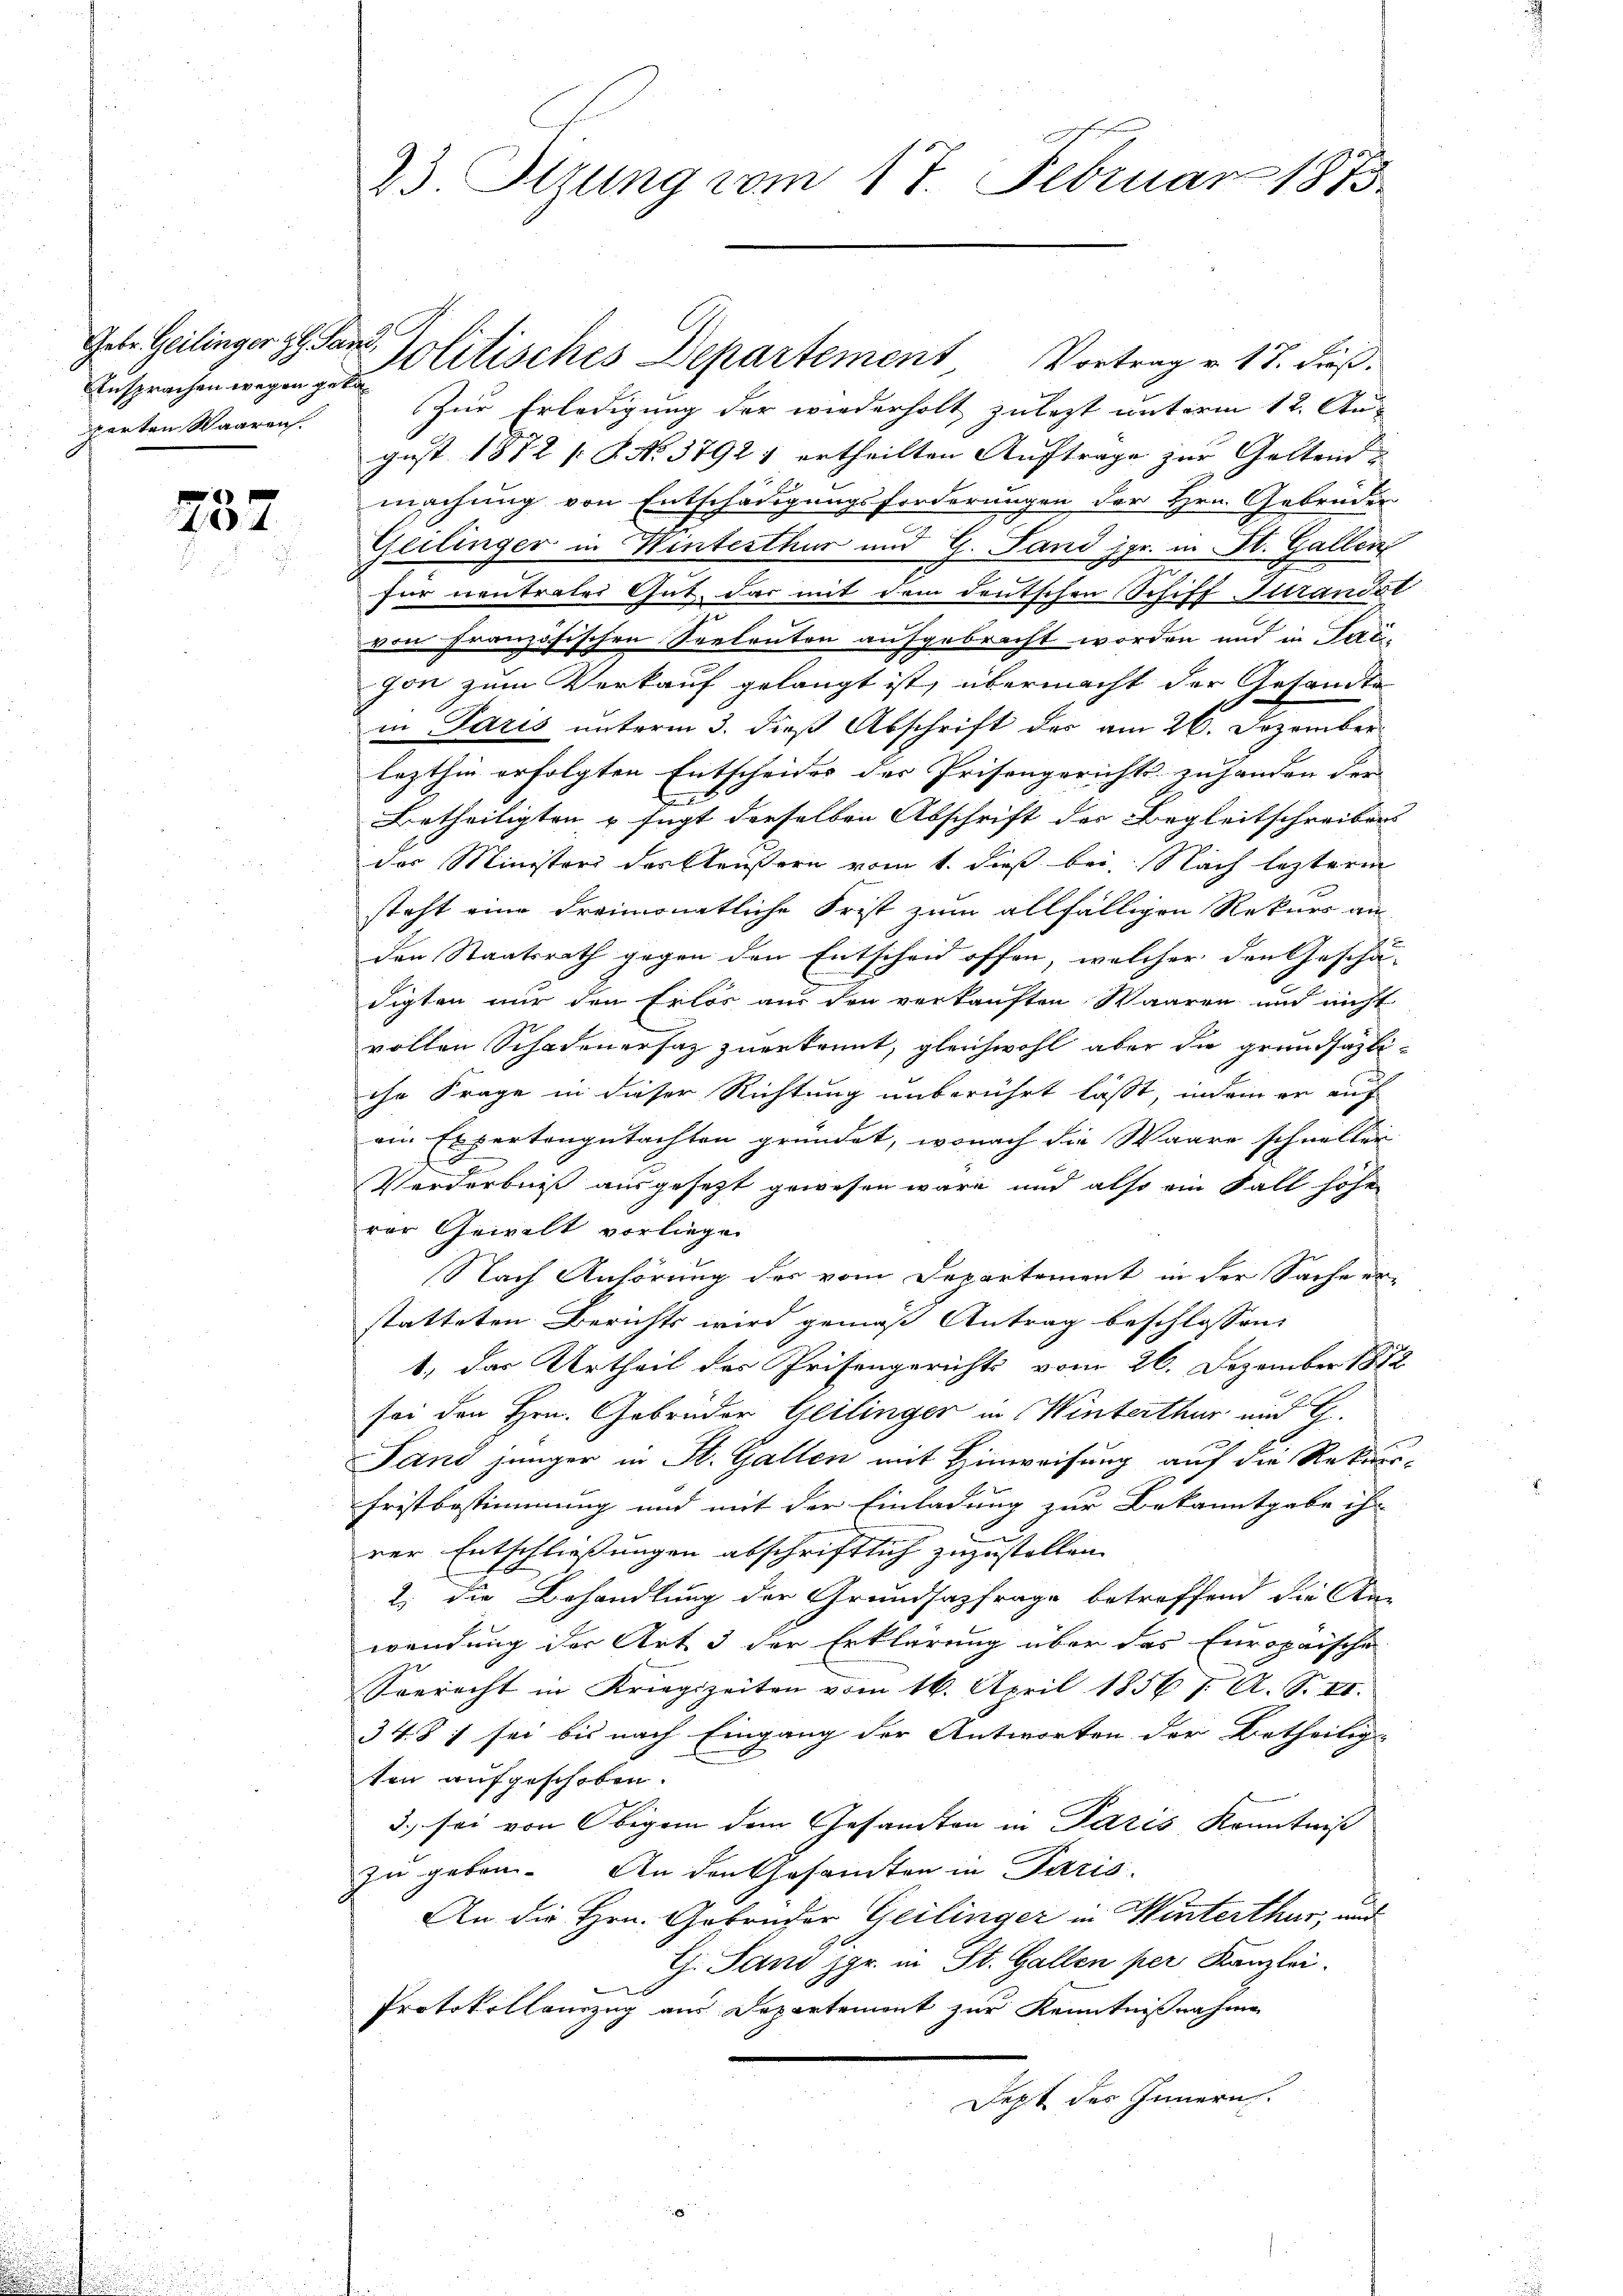
Ansprachen wegen geta
perten Waaren.

237

23 Itzung vom 17. Februar 1873

Zur Erledigung der wiederholt zuletzt unterm 12. August 1872 [: P. No. 37921 ertheilten Auftrage zur Geltend
machung von Entschädigungsforderungen der Hrn. Gebrüder
Geilinger in Winterthur und G. Sand pr. in Fl. Gallen
für neutrates Gut, das mit dem deutschen Schiff Turandat
den Französischen Seelenten aufgebracht worden und in Pargon zum Verkauf gelangt ist, übermacht der Gesandte
in Paris unterm 3. dieß Abschrift der am 26. Dezember
lezthin erfolgten Entscheides der Prisongericht zu handen der |
C
Betheiligten u fügt derselben Abschrift der Begleitschreibens
der Minister derstenstern vom 1. dieß bei Nach lezterem
steht eine dreimonatliche Frist zum allfälligen Rekurs an
den Staatsrath gegen den Entscheid offen, welcher den Geschä-
digten nur den Erlös aus den verkauften Waaren und nicht
vollen Schadenersaz zuerkannt, gleichwohl aber die grundsäzliche Frage in dieser Richtung unberührt lässt, indem er auch
ein Expertengutachten gründet, wonach die Waare schneller
Verderbniß ausgesetzt gewesen wäre und also ein Fall hohe
rer Gewalt vorliegen
Nach Anhörung des vom Departement in der Sache erstatteten Berichts wird gemäß Antrag beschlossen:
1.) Das Urtheil des Prisengerichts vom 26. Dezember 1872
sei den Hrn. Gebrüder Geilinger in Winterthur und G.
Fand jünger in St. Gallen mit Hinweisung auf die Rekur-
Fristbestimmung und mit der Einladung zur Bekanntgabe ihr
rer Entschliessungen abschriftlich zuzustellen. |
2., die Behandlung der Grundsazfrage betreffend die An-
wendung der Art 3 der Erklärung über das Europaische
Seeracht in Kriegszeiten vom 16. April 1856 J. A. S. II.
34. 8 f sei bis nach Eingang der Antworten der Betheilig-
ten aufgeschoben.
3. sei von Obigen dem Gesamten in Paris Kenntniß
zu gebon. An den Gesamten in Paris.
An die Hrn. Gebrüder Geilinger in Winterthur, und
G. Sand pr. in St. Gallen per Kanzlei.
Protokollanzug aus Departement zur Kenntnißnahme
Dept des Innern.
4

Gebe Geilinger gl. Sand Politisches Departement, Vortrag v. 17. dieß.